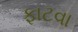
ફાટવા